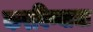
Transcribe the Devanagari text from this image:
करविण्याचा